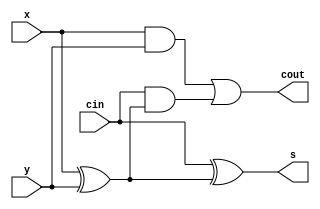
module fadder(x, y, cin, s, cout);
input x, y, cin;
output s, cout;
wire m1,m2,m3;
xor(m1,x,y);
xor(s,cin,m1);
and(m2,cin,m1);
and(m3,x,y);
or(cout,m3,m2);
endmodule

module add9b(a2, b2, ci2, s2, cout2); 
input[8:0] a2,b2;
input ci2; 
output[8:0] s2;
output cout2;
wire[7:0] w;
wire[8:0] t;
xor(t[0], b2[0], ci2);
xor(t[1], b2[1], ci2);
xor(t[2], b2[2], ci2);
xor(t[3], b2[3], ci2);
xor(t[4], b2[4], ci2);
xor(t[5], b2[5], ci2); 
xor(t[6], b2[6], ci2);
xor(t[7], b2[7], ci2);
xor(t[8], b2[8], ci2);
fadder fadder1(a2[0], t[0], ci2, s2[0],w[0]);
fadder fadder2(a2[1], t[1], w[0], s2[1],w[1]);
fadder fadder3(a2[2], t[2], w[1], s2[2],w[2]);
fadder fadder4(a2[3], t[3], w[2], s2[3],w[3]);
fadder fadder5(a2[4], t[4], w[3], s2[4],w[4]);
fadder fadder6(a2[5], t[5], w[4], s2[5],w[5]);
fadder fadder7(a2[6], t[6], w[5], s2[6],w[6]);
fadder fadder8(a2[7], t[7], w[6], s2[7],w[7]);
fadder fadder9(a2[8], t[8], w[7], s2[8],cout2);
endmodule

module bu2(x2, y2);
input[8:0] x2;
output[8:0] y2;
wire[8:0] n0;
wire Cout2;
	not(n0[0], x2[0]);
	not(n0[1], x2[1]);
	not(n0[2], x2[2]);
	not(n0[3], x2[3]);
	not(n0[4], x2[4]);
	not(n0[5], x2[5]);
	not(n0[6], x2[6]);
	not(n0[7], x2[7]);
	not(n0[7], x2[8]);
	add9b add1(n0[8:0],9'd1,1'b0,y2[8:0],Cout2);         
endmodule 

module mux2_9b(a3, b3, s3, f3);
input[8:0] a3, b3;
input s3;
output reg[8:0] f3;
always @(a3 or b3 or s3) 
begin
	if(s3)
		f3 = a3; 
	else 
		f3 = b3;
end
endmodule

module sub_exp(x,y,z);
input[8:0] x,y;
output[8:0] z;
wire c;
wire[8:0] z1, z2;
add9b u1(x, y, 1'b1, z1, c);
bu2 u2(z1, z2);
mux2_9b u3(z1, z2, c, z);
endmodule